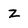
Character: z